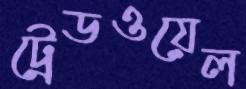
ট্রেডওয়েল